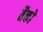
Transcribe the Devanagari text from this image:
तैको